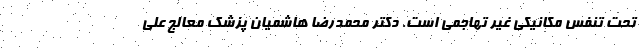
تحت تنفس مکانیکی غیر تهاجمی است. دکتر محمدرضا هاشمیان پزشک معالج علی